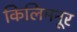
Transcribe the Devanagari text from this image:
किलिमनूर